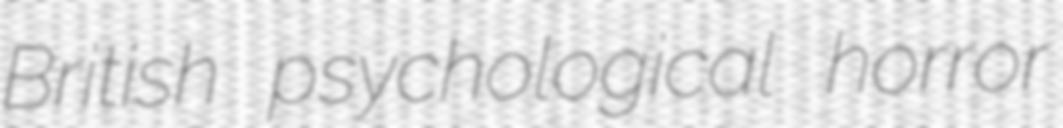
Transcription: British psychological horror